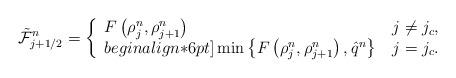
LaTeX: \begin{align*} &\mathcal{\tilde{F}}_{j+1/2}^n=\left\{\begin{array}{l@{\quad}l} F\left (\rho_j^n,\rho_{j+1}^n\right )&j\ne j_c,\\begin{align*}6pt] \min\left \{F\left(\rho_j^n,\rho_{j+1}^n\right),\hat{q}^n\right \}&j=j_c. \end{array}\right.\end{align*}